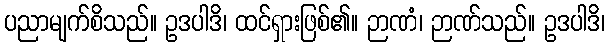
ပညာမျက်စိသည်။ ဥဒပါဒိ၊ ထင်ရှားဖြစ်၏။ ဉာဏံ၊ ဉာဏ်သည်။ ဥဒပါဒိ၊